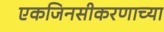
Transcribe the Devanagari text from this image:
एकजिनसीकरणाच्या